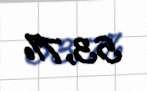
53,7%